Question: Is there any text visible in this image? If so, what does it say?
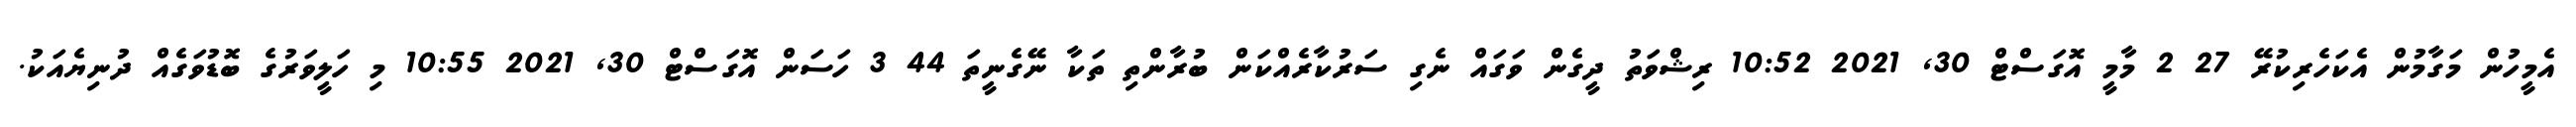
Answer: އެމީހުން މަގާމުން އެކަހެރިކުރޭ 27 2 މާމީ އޮގަސްޓް 30, 2021 10:52 ރިޝްވަތު ދީގެން ވަގައް ނެގި ސަރުކާރެއްކަން ބުރާންތި ތަކާ ނޭގެނީތަ 44 3 ހަސަން އޮގަސްޓް 30, 2021 10:55 މި ހަލީވަރުގެ ބޮޑުވަގެއް ދުނިޔެއަކު.